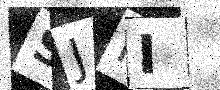
Text: SJFI